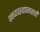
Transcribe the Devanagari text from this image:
वनव्यवस्थापनासाठी